Leaving Certificate Examination, 1910
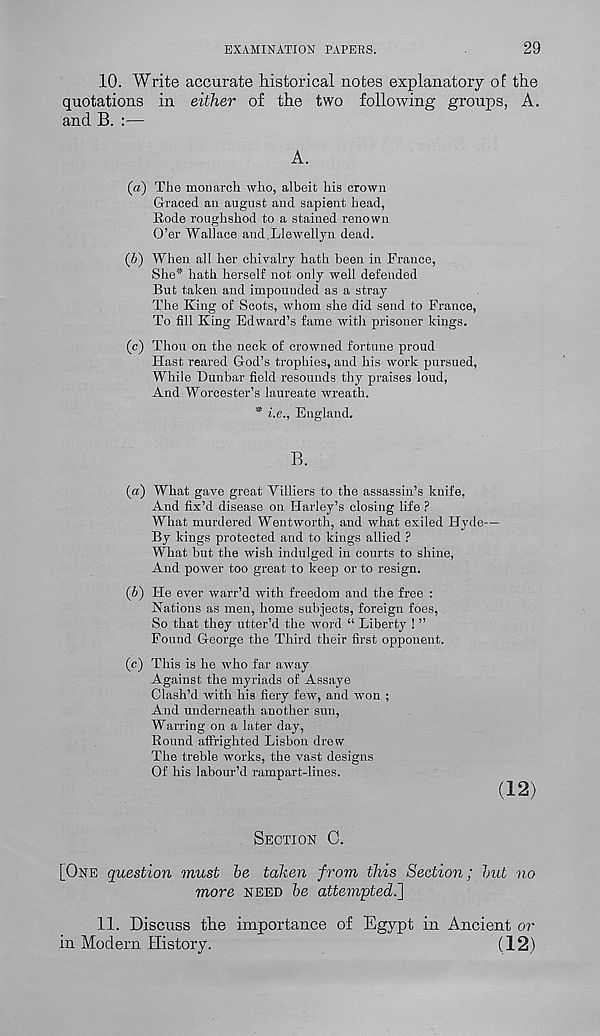
EXAMINATION PAPERS.
29
10. Write accurate historical notes explanatory of the
quotations in either of the two following groups, A.
and B. :—
A.
(a) The monarch who, albeit his crown
Graced an august and sapient head,
Eode roughshod to a stained renown
O’er Wallace and.Llewellyn dead.
(5) When all her chivalry hath been in France,
She* hath herself not only well defended
But taken and impounded as a stray
The King of Scots, whom she did send to France,
To fill King Edward’s fame with prisoner kings.
(c) Thou on the neck of crowned fortune proud
Hast reared God’s trophies, and his work pursued,
While Dunbar field resounds thy praises loud,
And Worcester’s laureate wreath.
* i.e., England,
B.
(a) What gave great Villiers to the assassin’s knife,
And fix’d disease on Harley’s closing life ?
What murdered Wentworth, and what exiled Hyde—
By kings protected and to kings allied ?
What but the wish indulged in courts to shine,
And power too great to keep or to resign.
(b) He ever warr’d with freedom and the free :
Nations as men, home subjects, foreign foes,
So that they utter’d the word “ Liberty ! ”
Found George the Third their first opponent.
(c) This is he who far away
Against the myriads of Assaye
Clash’d with his fiery few, and won ;
And underneath another sun,
Warring on a later day,
Bound affrighted Lisbon drew
The treble works, the vast designs
Of his labour’d rampart-lines.
(12)
Section C.
[One question must be taken from this Section; but no
more need be attempted.']
11. Discuss the importance of Egypt in Ancient or
in Modern History.
(12)